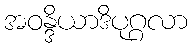
အဝန္ဒိယာဒိပုဂ္ဂလာ